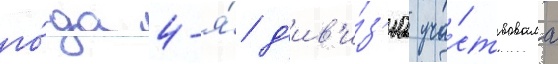
го́да 4-я́ д'ив'и́з'иа уча́ствовала